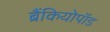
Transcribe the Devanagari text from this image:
ब्रैंकियोपॉड